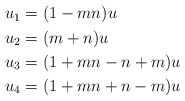
\begin{align*}\begin{aligned}u_1& = (1-mn)u \\u_2& = (m+n)u \\u_3& = (1+mn-n+m)u \\u_4& = (1+mn+n-m)u \\\end{aligned}\end{align*}